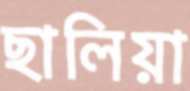
ছালিয়া